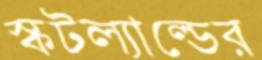
স্কটল্যাল্ডের